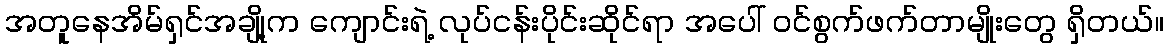
အတူနေအိမ်ရှင်အချို့က ကျောင်းရဲ့ လုပ်ငန်းပိုင်းဆိုင်ရာ အပေါ် ဝင်စွက်ဖက်တာမျိုးတွေ ရှိတယ်။